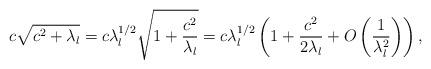
LaTeX: \begin{align*}c \sqrt{c^2+\lambda_l} = c \lambda_l^{1/2} \sqrt{1+\frac{c^2}{\lambda_l}} &= c \lambda_l^{1/2} \left( 1+ \frac{c^2}{2\lambda_l} + O\left(\frac{1}{\lambda_l^2}\right) \right),\end{align*}